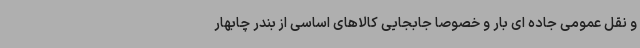
و نقل عمومی جاده ای بار و خصوصا جابجایی کالاهای اساسی از بندر چابهار